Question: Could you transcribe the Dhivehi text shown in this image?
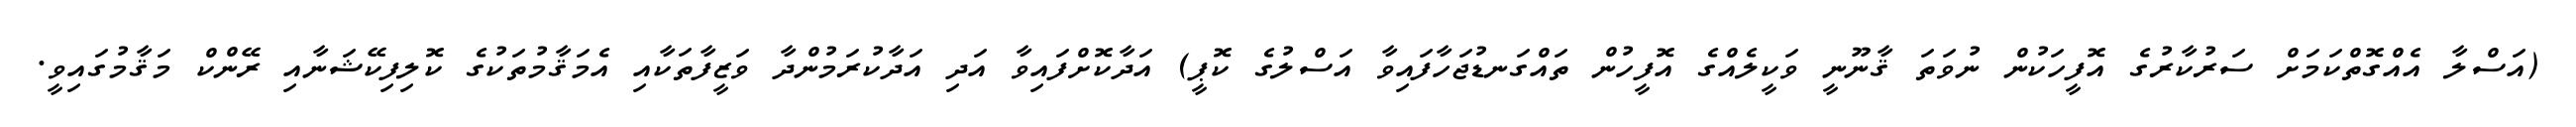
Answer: (އަސްލާ އެއްގޮތްކަމަށް ސަރުކާރުގެ އޮފީހަކުން ނުވަތަ ޤާނޫނީ ވަކީލެއްގެ އޮފީހުން ތައްގަނޑުޖަހާފައިވާ އަސްލުގެ ކޮޕީ) އަދާކޮށްފައިވާ އަދި އަދާކުރަމުންދާ ވަޒީފާތަކާއި އެމަޤާމުތަކުގެ ކޮލިފިކޭޝަނާއި ރޭންކް މަޤާމުގައިވީ.